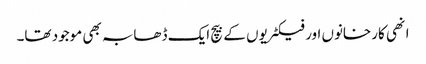
انھی کارخانوں اور فیکٹریوں کے بیچ ایک ڈھابہ بھی موجود تھا۔